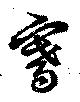
騫